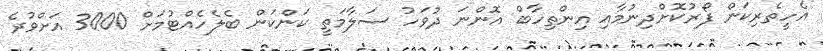
އެހީތެރިކަން ފޯރުކޮށްދިނުމާއި އިންތިހާބް އޮންނަ ދުވަހު ސަލާމަތީ ކަންކަން ބެލެހެއްޓުމަށް 3000 އަށްވުރެ